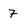
Character: 7